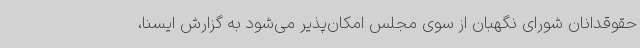
حقوقدانان شورای نگهبان از سوی مجلس امکان‌پذیر می‌شود به گزارش ایسنا،